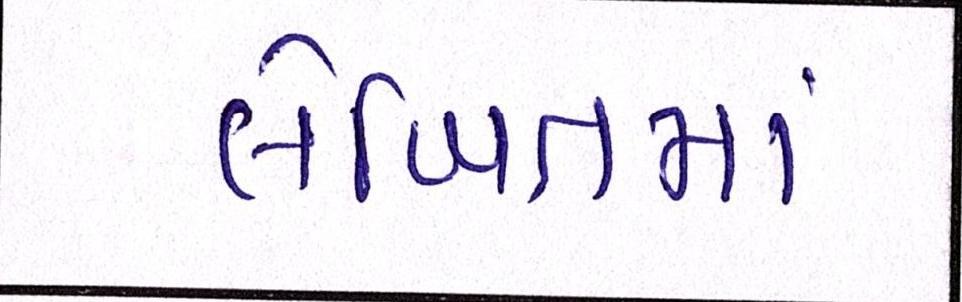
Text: લેખિતમાં